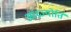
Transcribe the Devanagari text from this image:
आंध्रज्योति